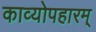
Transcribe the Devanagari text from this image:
काव्योपहारम्